Document type: Sale
Year: 1440
Scribe: Pere Pau Pujades
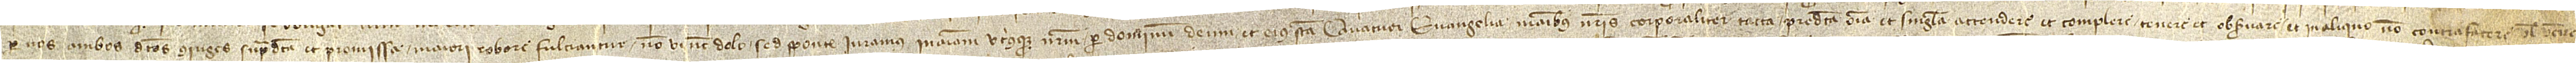
per nos ambos dictos coniuges supradicta et promissa maiori robore fulciantur, non vi nec dolo, sed sponte, iuramus in animam utriusque nostrum per Dominum Deum et eius sancta quatuor Evangelia, manibus meis corporaliter tacta, predicta omnia et singula attendere et complere, tenere et observare et in aliquo non contrafacere vel venire